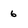
Character: 6